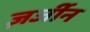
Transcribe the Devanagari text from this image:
ज़र्जीन